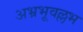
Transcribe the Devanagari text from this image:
अभ्रभूवल्लभ